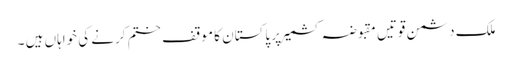
ملک دشمن قوتیں مقبوضہ کشمیر پر پاکستان کا موقف ختم کرنے کی خواہاں ہیں ۔